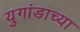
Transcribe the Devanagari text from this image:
युगांडाच्या